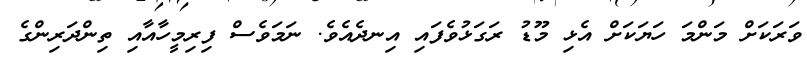
ވަރަކަށް މަންމަ ހަޔަކަށް އެޅި މޫޑު ރަގަޅުވެފައި އިނދެއެވެ. ނަމަވެސް ފިރިމީހާއާއި ތިންދަރިންގެ